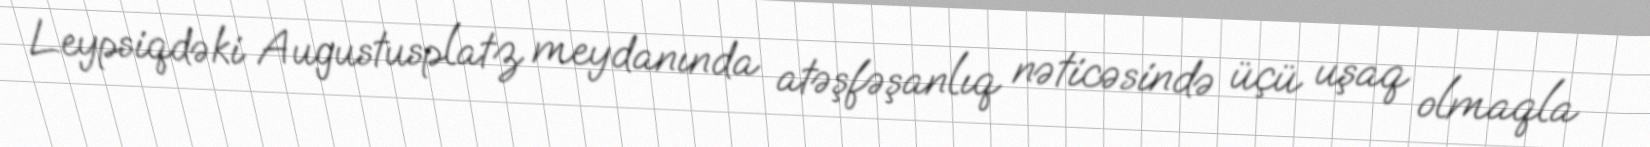
Leypsiqdəki Augustusplatz meydanında atəşfəşanlıq nəticəsində üçü uşaq olmaqla